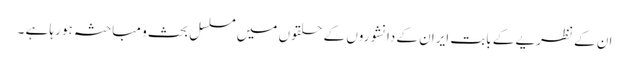
ان کے نظریے کے بابت ایران کے دانشوروں کے حلقوں میں مسلسل بحث و مباحثہ ہو رہا ہے ۔